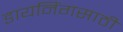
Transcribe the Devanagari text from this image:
डायनिंगसाठी